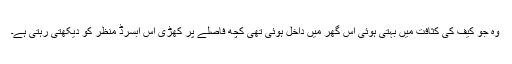
وہ جو کیف کی کثافت میں بہتی ہوئی اس گھر میں داخل ہوئی تھی کچھ فاصلے پر کھڑی اس ابسرڈ منظر کو دیکھتی رہتی ہے۔